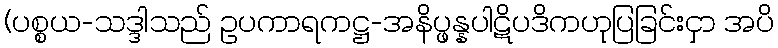
(ပစ္စယ-သဒ္ဒါသည် ဥပကာရကဋ္ဌ-အနိပ္ဖန္နပါဋိပဒိကဟုပြခြင်းငှာ အပိ